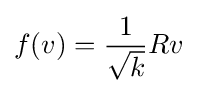
f(v)={\frac {1}{\sqrt {k}}}Rv